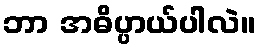
ဘာ အဓိပ္ပာယ်ပါလဲ။